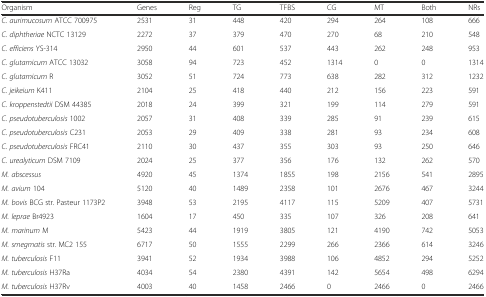
<table><thead><tr><td><b>Organism</b></td><td><b>Genes</b></td><td><b>Reg</b></td><td><b>TG</b></td><td><b>TFBS</b></td><td><b>CG</b></td><td><b>MT</b></td><td><b>Both</b></td><td><b>NRs</b></td></tr></thead><tbody><tr><td><i>C. aurimucosum</i> ATCC 700975</td><td>2531</td><td>31</td><td>448</td><td>420</td><td>294</td><td>264</td><td>108</td><td>666</td></tr><tr><td><i>C. diphtheriae</i> NCTC 13129</td><td>2272</td><td>37</td><td>379</td><td>470</td><td>270</td><td>68</td><td>210</td><td>548</td></tr><tr><td><i>C. efficiens</i> YS-314</td><td>2950</td><td>44</td><td>601</td><td>537</td><td>443</td><td>262</td><td>248</td><td>953</td></tr><tr><td><i>C. glutamicum</i> ATCC 13032</td><td>3058</td><td>94</td><td>723</td><td>452</td><td>1314</td><td>0</td><td>0</td><td>1314</td></tr><tr><td><i>C. glutamicum</i> R</td><td>3052</td><td>51</td><td>724</td><td>773</td><td>638</td><td>282</td><td>312</td><td>1232</td></tr><tr><td><i>C. jeikeium</i> K411</td><td>2104</td><td>25</td><td>418</td><td>440</td><td>212</td><td>156</td><td>223</td><td>591</td></tr><tr><td><i>C. kroppenstedtii</i> DSM 44385</td><td>2018</td><td>24</td><td>399</td><td>321</td><td>199</td><td>114</td><td>279</td><td>591</td></tr><tr><td><i>C. pseudotuberculosis</i> 1002</td><td>2057</td><td>31</td><td>408</td><td>339</td><td>285</td><td>91</td><td>239</td><td>615</td></tr><tr><td><i>C. pseudotuberculosis</i> C231</td><td>2053</td><td>29</td><td>409</td><td>338</td><td>281</td><td>93</td><td>234</td><td>608</td></tr><tr><td><i>C. pseudotuberculosis</i> FRC41</td><td>2110</td><td>30</td><td>437</td><td>355</td><td>303</td><td>93</td><td>250</td><td>646</td></tr><tr><td><i>C. urealyticum</i> DSM 7109</td><td>2024</td><td>25</td><td>377</td><td>356</td><td>176</td><td>132</td><td>262</td><td>570</td></tr><tr><td><i>M. abscessus</i></td><td>4920</td><td>45</td><td>1374</td><td>1855</td><td>198</td><td>2156</td><td>541</td><td>2895</td></tr><tr><td><i>M. avium</i> 104</td><td>5120</td><td>40</td><td>1489</td><td>2358</td><td>101</td><td>2676</td><td>467</td><td>3244</td></tr><tr><td><i>M. bovis</i> BCG str. Pasteur 1173P2</td><td>3948</td><td>53</td><td>2195</td><td>4117</td><td>115</td><td>5209</td><td>407</td><td>5731</td></tr><tr><td><i>M. leprae</i> Br4923</td><td>1604</td><td>17</td><td>450</td><td>335</td><td>107</td><td>326</td><td>208</td><td>641</td></tr><tr><td><i>M. marinum</i> M</td><td>5423</td><td>44</td><td>1919</td><td>3805</td><td>121</td><td>4190</td><td>742</td><td>5053</td></tr><tr><td><i>M. smegmatis</i> str. MC2 155</td><td>6717</td><td>50</td><td>1555</td><td>2299</td><td>266</td><td>2366</td><td>614</td><td>3246</td></tr><tr><td><i>M. tuberculosis</i> F11</td><td>3941</td><td>52</td><td>1934</td><td>3988</td><td>106</td><td>4852</td><td>294</td><td>5252</td></tr><tr><td><i>M. tuberculosis</i> H37Ra</td><td>4034</td><td>54</td><td>2380</td><td>4391</td><td>142</td><td>5654</td><td>498</td><td>6294</td></tr><tr><td><i>M. tuberculosis</i> H37Rv</td><td>4003</td><td>40</td><td>1458</td><td>2466</td><td>0</td><td>2466</td><td>0</td><td>2466</td></tr></tbody></table>